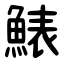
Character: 䱪